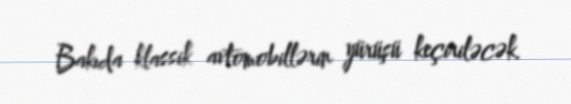
Bakıda klassik avtomobillərin yürüşü keçiriləcək.